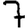
Digit: 7